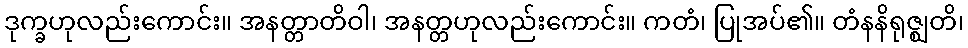
ဒုက္ခဟုလည်းကောင်း။ အနတ္တာတိဝါ၊ အနတ္တဟုလည်းကောင်း။ ကတံ၊ ပြုအပ်၏။ တံနနိရုဇ္ဈတိ၊